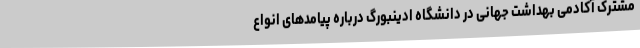
مشترک آکادمی بهداشت جهانی در دانشگاه ادینبورگ درباره پیامد‌های انواع